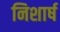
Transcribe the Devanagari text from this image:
निशार्ष